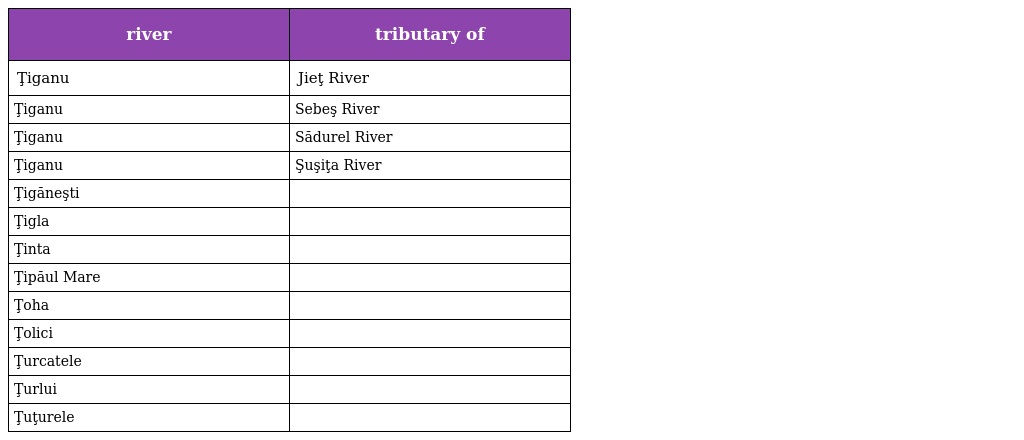
| river | tributary of |
 | --- | --- |
 | Ţiganu | Jieţ River |
 | Ţiganu | Sebeş River |
 | Ţiganu | Sădurel River |
 | Ţiganu | Şuşiţa River |
 | Ţigăneşti |  |
 | Ţigla |  |
 | Ţinta |  |
 | Ţipăul Mare |  |
 | Ţoha |  |
 | Ţolici |  |
 | Ţurcatele |  |
 | Ţurlui |  |
 | Ţuţurele |  |